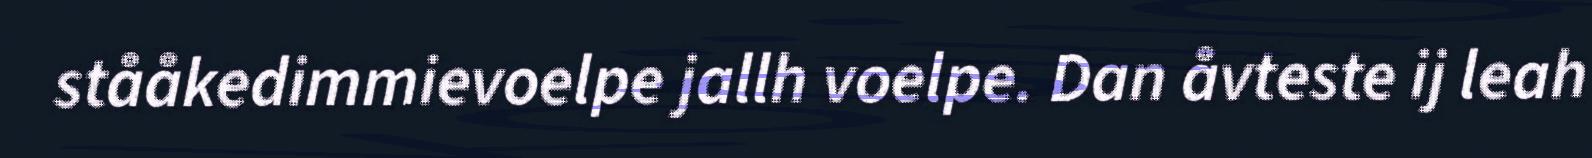
stååkedimmievoelpe jallh voelpe. Dan åvteste ij leah